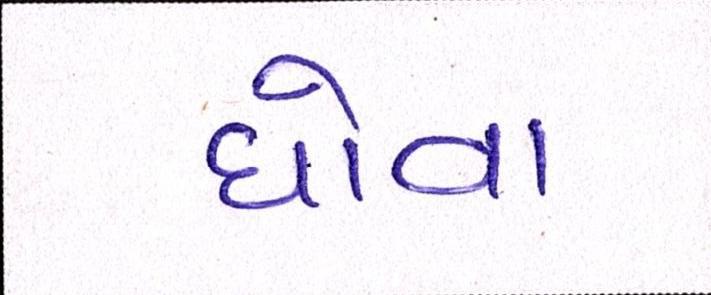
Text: ધોવા